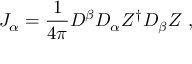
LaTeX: { \cal J } _ { \alpha } = \frac { 1 } { 4 \pi } D ^ { \beta } D _ { \alpha } Z ^ { \dagger } D _ { \beta } Z ~ ,